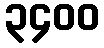
၃၄၀၀